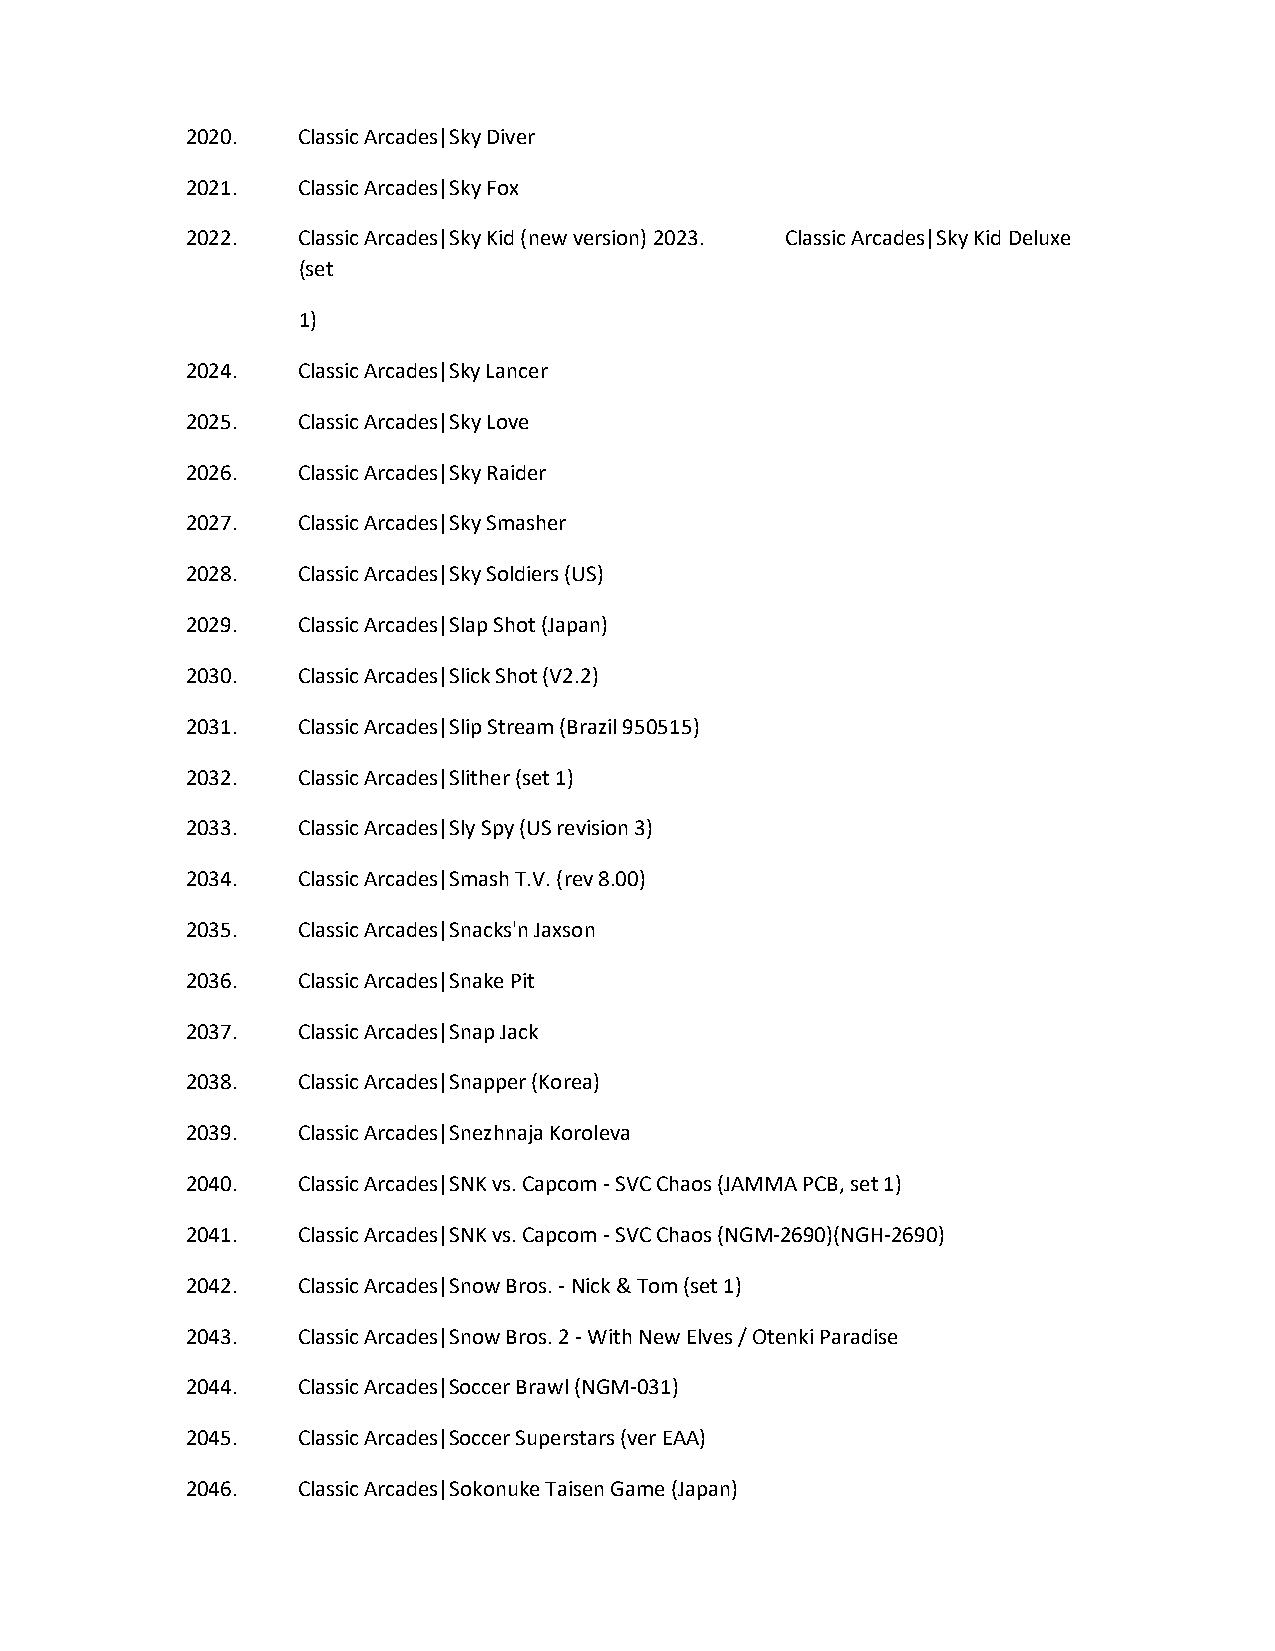
2020.   Classic Arcades|Sky Diver
 2021.   Classic Arcades|Sky Fox
 2022.   Classic Arcades|Sky Kid (new version) 2023. Classic Arcades|Sky Kid Deluxe
 (set
 1)
 2024.   Classic Arcades|Sky Lancer
 2025.   Classic Arcades|Sky Love
 2026.   Classic Arcades|Sky Raider
 2027.   Classic Arcades|Sky Smasher
 2028.   Classic Arcades|Sky Soldiers (US)
 2029.   Classic Arcades|Slap Shot (Japan)
 2030.   Classic Arcades|Slick Shot (V2.2)
 2031.   Classic Arcades|Slip Stream (Brazil 950515)
 2032.   Classic Arcades|Slither (set 1)
 2033.   Classic Arcades|Sly Spy (US revision 3)
 2034.   Classic Arcades|Smash T.V. (rev 8.00)
 2035.   Classic Arcades|Snacks'n Jaxson
 2036.   Classic Arcades|Snake Pit
 2037.   Classic Arcades|Snap Jack
 2038.   Classic Arcades|Snapper (Korea)
 2039.   Classic Arcades|Snezhnaja Koroleva
 2040.   Classic Arcades|SNK vs. Capcom - SVC Chaos (JAMMA PCB, set 1)
 2041.   Classic Arcades|SNK vs. Capcom - SVC Chaos (NGM-2690)(NGH-2690)
 2042.   Classic Arcades|Snow Bros. - Nick & Tom (set 1)
 2043.   Classic Arcades|Snow Bros. 2 - With New Elves / Otenki Paradise
 2044.   Classic Arcades|Soccer Brawl (NGM-031)
 2045.   Classic Arcades|Soccer Superstars (ver EAA)
 2046.   Classic Arcades|Sokonuke Taisen Game (Japan)